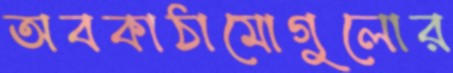
অবকাঠামোগুলোর